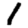
Digit: 1